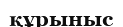
құрыныс